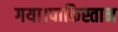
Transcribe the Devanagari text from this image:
गया।पाकिस्तान